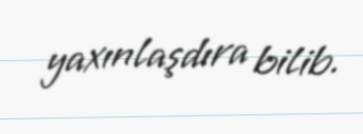
yaxınlaşdıra bilib.